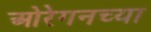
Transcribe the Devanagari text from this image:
ओरेगनच्या